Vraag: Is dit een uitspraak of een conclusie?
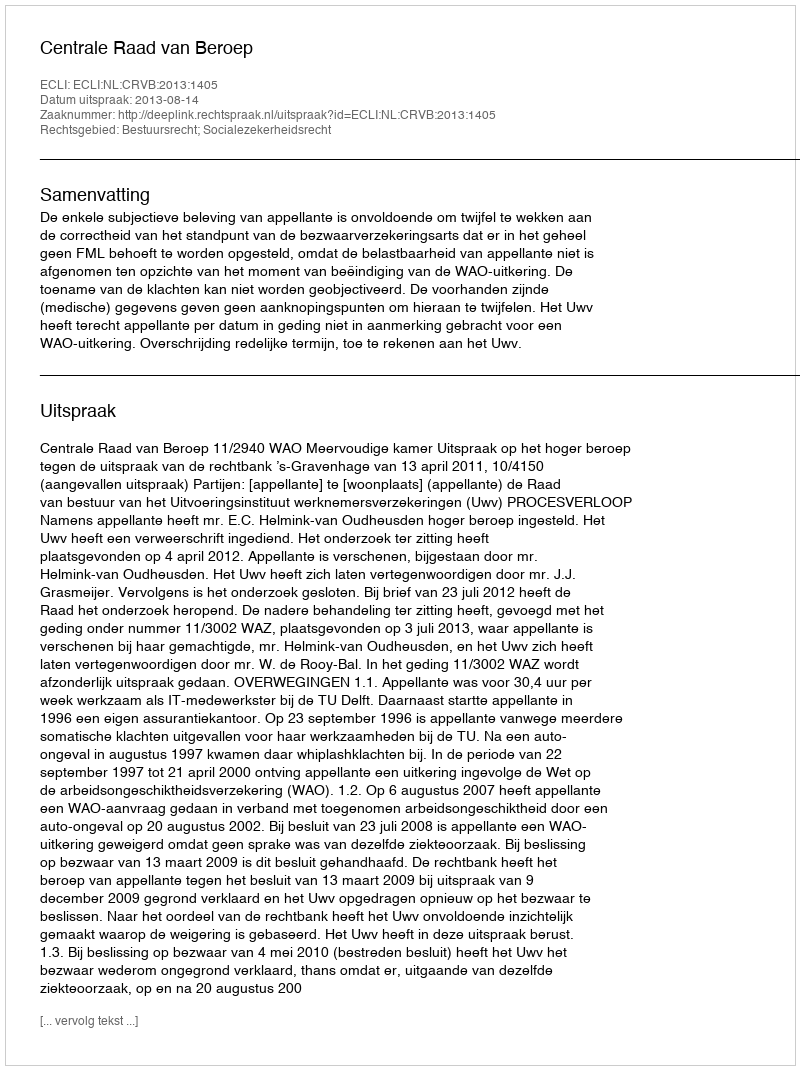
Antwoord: Uitspraak